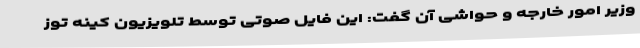
وزیر امور خارجه و حواشی آن گفت: این فایل صوتی توسط تلویزیون کینه توز